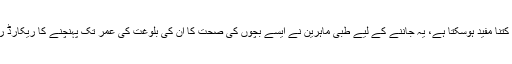
یہ نیا طریقہ علاج طویل عرصے کے لیے کتنا مفید ہوسکتا ہے، یہ جاننے کے لیے طبی ماہرین نے ایسے بچوں کی صحت کا ان کی بلوغت کی عمر تک پہنچنے کا ریکارڈ رکھنے کے لیے ایک ڈیٹا بیس تیار کیا ہے۔